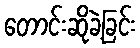
တောင်းဆိုခဲ့ခြင်း